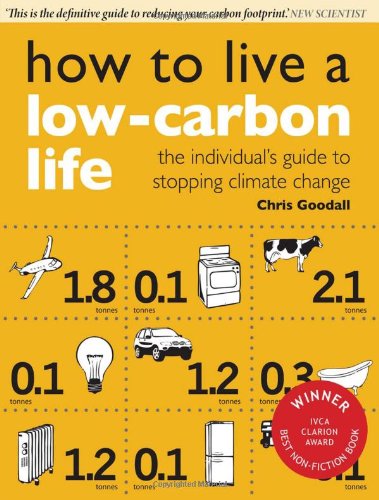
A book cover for How to Live a Low-Carbon Life: The Individual's Guide to Stopping Climate Change; Chris Goodall; Crafts, Hobbies & Home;